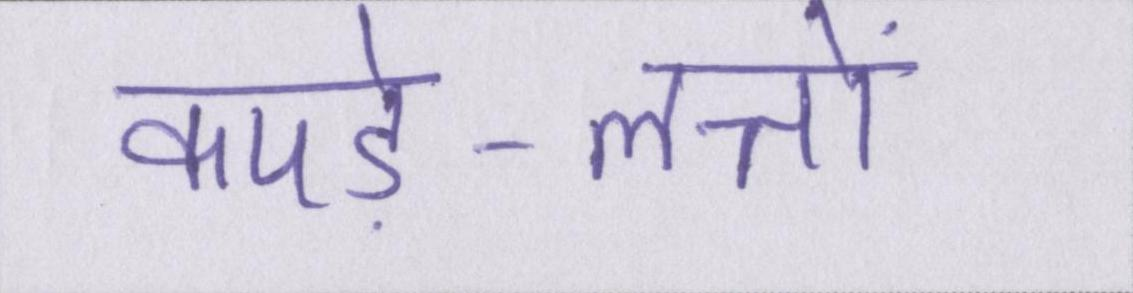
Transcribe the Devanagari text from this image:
कपड़े-लत्तों